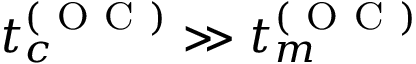
t _ { c } ^ { ( \mathrm { ~ O ~ C ~ } ) } \gg t _ { m } ^ { ( \mathrm { ~ O ~ C ~ } ) }